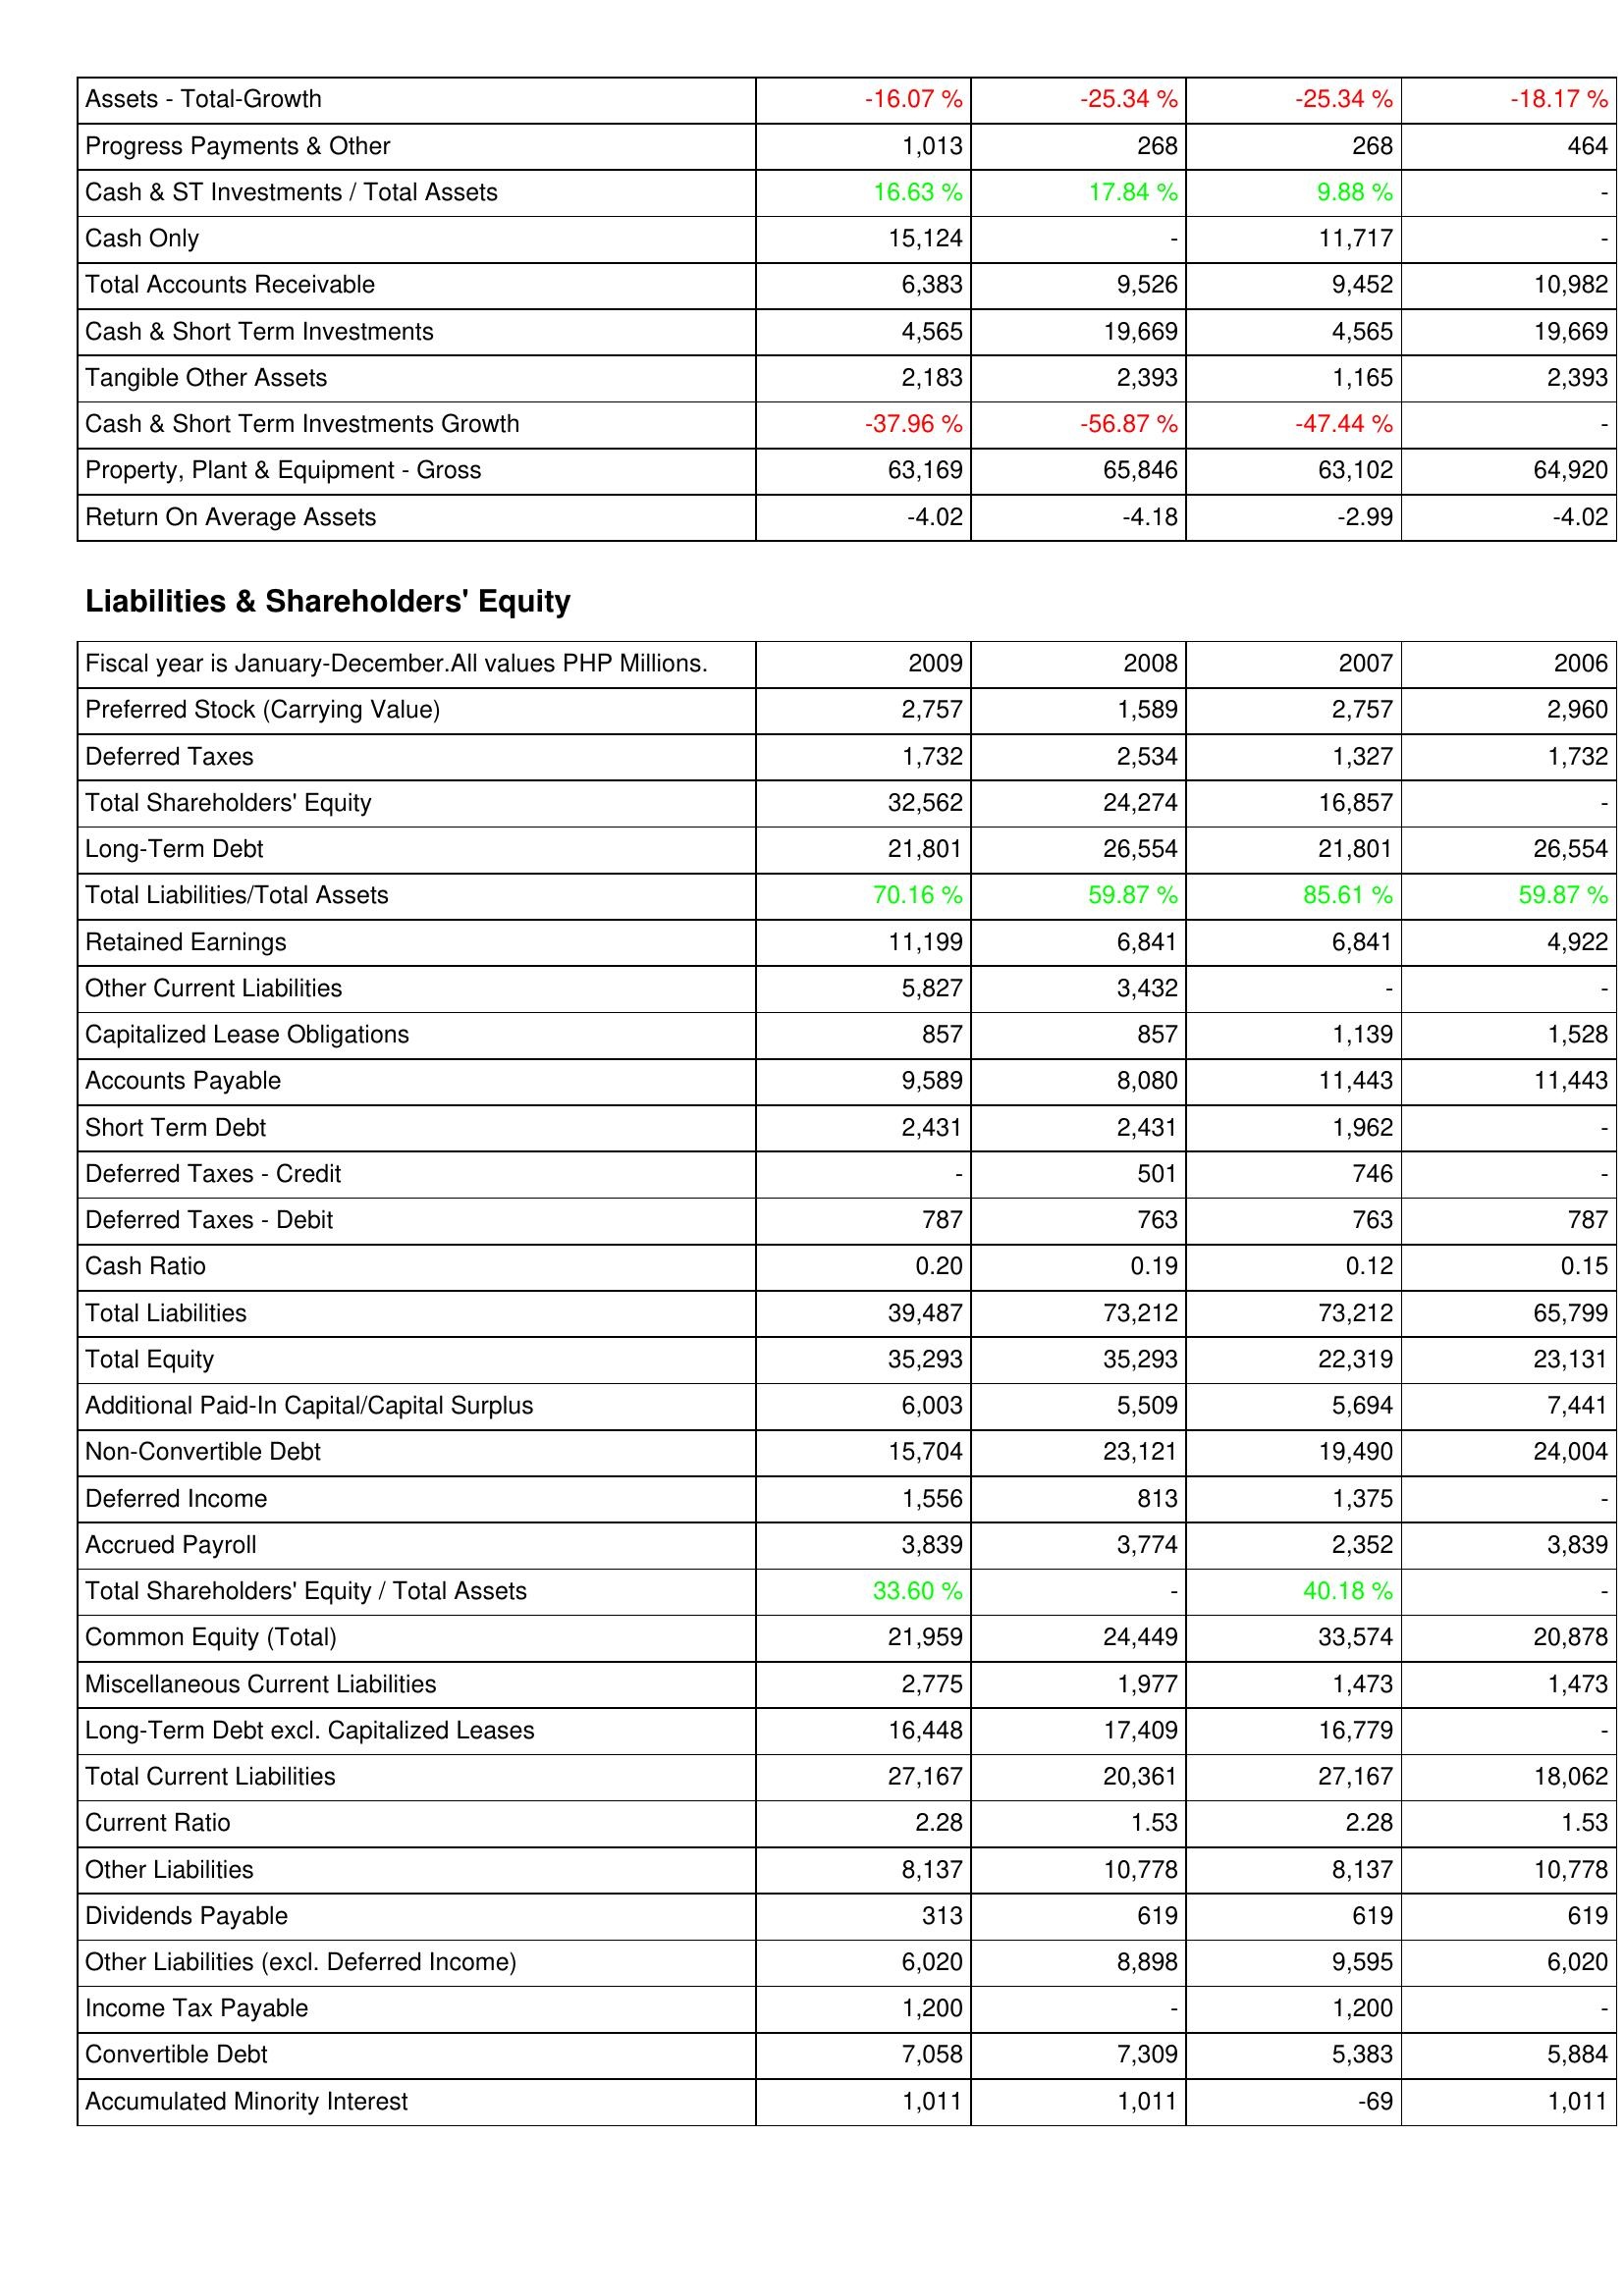
2009: Assets: Assets - Total-Growth: -16.07 %
Progress Payments & Other: 1,013
Cash & ST Investments / Total Assets: 16.63 %
Cash Only: 15,124
Total Accounts Receivable: 6,383
Cash & Short Term Investments: 4,565
Tangible Other Assets: 2,183
Cash & Short Term Investments Growth: -37.96 %
Property, Plant & Equipment - Gross: 63,169
Return On Average Assets: -4.02
Liabilities & Shareholders' Equity: Preferred Stock (Carrying Value): 2,757
Deferred Taxes: 1,732
Total Shareholders' Equity: 32,562
Long-Term Debt: 21,801
Total Liabilities/Total Assets: 70.16 %
Retained Earnings: 11,199
Other Current Liabilities: 5,827
Capitalized Lease Obligations: 857
Accounts Payable: 9,589
Short Term Debt: 2,431
Deferred Taxes - Credit: -
Deferred Taxes - Debit: 787
Cash Ratio: 0.20
Total Liabilities: 39,487
Total Equity: 35,293
Additional Paid-In Capital/Capital Surplus: 6,003
Non-Convertible Debt: 15,704
Deferred Income: 1,556
Accrued Payroll: 3,839
Total Shareholders' Equity / Total Assets: 33.60 %
Common Equity (Total): 21,959
Miscellaneous Current Liabilities: 2,775
Long-Term Debt excl. Capitalized Leases: 16,448
Total Current Liabilities: 27,167
Current Ratio: 2.28
Other Liabilities: 8,137
Dividends Payable: 313
Other Liabilities (excl. Deferred Income): 6,020
Income Tax Payable: 1,200
Convertible Debt: 7,058
Accumulated Minority Interest: 1,011
2008: Assets: Assets - Total-Growth: -25.34 %
Progress Payments & Other: 268
Cash & ST Investments / Total Assets: 17.84 %
Cash Only: -
Total Accounts Receivable: 9,526
Cash & Short Term Investments: 19,669
Tangible Other Assets: 2,393
Cash & Short Term Investments Growth: -56.87 %
Property, Plant & Equipment - Gross: 65,846
Return On Average Assets: -4.18
Liabilities & Shareholders' Equity: Preferred Stock (Carrying Value): 1,589
Deferred Taxes: 2,534
Total Shareholders' Equity: 24,274
Long-Term Debt: 26,554
Total Liabilities/Total Assets: 59.87 %
Retained Earnings: 6,841
Other Current Liabilities: 3,432
Capitalized Lease Obligations: 857
Accounts Payable: 8,080
Short Term Debt: 2,431
Deferred Taxes - Credit: 501
Deferred Taxes - Debit: 763
Cash Ratio: 0.19
Total Liabilities: 73,212
Total Equity: 35,293
Additional Paid-In Capital/Capital Surplus: 5,509
Non-Convertible Debt: 23,121
Deferred Income: 813
Accrued Payroll: 3,774
Total Shareholders' Equity / Total Assets: -
Common Equity (Total): 24,449
Miscellaneous Current Liabilities: 1,977
Long-Term Debt excl. Capitalized Leases: 17,409
Total Current Liabilities: 20,361
Current Ratio: 1.53
Other Liabilities: 10,778
Dividends Payable: 619
Other Liabilities (excl. Deferred Income): 8,898
Income Tax Payable: -
Convertible Debt: 7,309
Accumulated Minority Interest: 1,011
2007: Assets: Assets - Total-Growth: -25.34 %
Progress Payments & Other: 268
Cash & ST Investments / Total Assets: 9.88 %
Cash Only: 11,717
Total Accounts Receivable: 9,452
Cash & Short Term Investments: 4,565
Tangible Other Assets: 1,165
Cash & Short Term Investments Growth: -47.44 %
Property, Plant & Equipment - Gross: 63,102
Return On Average Assets: -2.99
Liabilities & Shareholders' Equity: Preferred Stock (Carrying Value): 2,757
Deferred Taxes: 1,327
Total Shareholders' Equity: 16,857
Long-Term Debt: 21,801
Total Liabilities/Total Assets: 85.61 %
Retained Earnings: 6,841
Other Current Liabilities: -
Capitalized Lease Obligations: 1,139
Accounts Payable: 11,443
Short Term Debt: 1,962
Deferred Taxes - Credit: 746
Deferred Taxes - Debit: 763
Cash Ratio: 0.12
Total Liabilities: 73,212
Total Equity: 22,319
Additional Paid-In Capital/Capital Surplus: 5,694
Non-Convertible Debt: 19,490
Deferred Income: 1,375
Accrued Payroll: 2,352
Total Shareholders' Equity / Total Assets: 40.18 %
Common Equity (Total): 33,574
Miscellaneous Current Liabilities: 1,473
Long-Term Debt excl. Capitalized Leases: 16,779
Total Current Liabilities: 27,167
Current Ratio: 2.28
Other Liabilities: 8,137
Dividends Payable: 619
Other Liabilities (excl. Deferred Income): 9,595
Income Tax Payable: 1,200
Convertible Debt: 5,383
Accumulated Minority Interest: -69
2006: Assets: Assets - Total-Growth: -18.17 %
Progress Payments & Other: 464
Cash & ST Investments / Total Assets: -
Cash Only: -
Total Accounts Receivable: 10,982
Cash & Short Term Investments: 19,669
Tangible Other Assets: 2,393
Cash & Short Term Investments Growth: -
Property, Plant & Equipment - Gross: 64,920
Return On Average Assets: -4.02
Liabilities & Shareholders' Equity: Preferred Stock (Carrying Value): 2,960
Deferred Taxes: 1,732
Total Shareholders' Equity: -
Long-Term Debt: 26,554
Total Liabilities/Total Assets: 59.87 %
Retained Earnings: 4,922
Other Current Liabilities: -
Capitalized Lease Obligations: 1,528
Accounts Payable: 11,443
Short Term Debt: -
Deferred Taxes - Credit: -
Deferred Taxes - Debit: 787
Cash Ratio: 0.15
Total Liabilities: 65,799
Total Equity: 23,131
Additional Paid-In Capital/Capital Surplus: 7,441
Non-Convertible Debt: 24,004
Deferred Income: -
Accrued Payroll: 3,839
Total Shareholders' Equity / Total Assets: -
Common Equity (Total): 20,878
Miscellaneous Current Liabilities: 1,473
Long-Term Debt excl. Capitalized Leases: -
Total Current Liabilities: 18,062
Current Ratio: 1.53
Other Liabilities: 10,778
Dividends Payable: 619
Other Liabilities (excl. Deferred Income): 6,020
Income Tax Payable: -
Convertible Debt: 5,884
Accumulated Minority Interest: 1,011